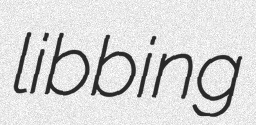
libbing